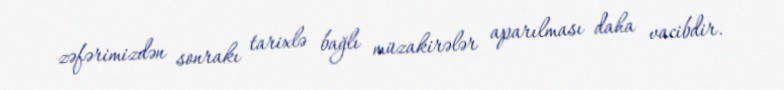
zəfərimizdən sonrakı tarixlə bağlı müzakirələr aparılması daha vacibdir.